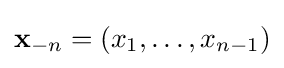
\mathbf {x} _{-n}=\left(x_{1},\ldots ,x_{n-1}\right)